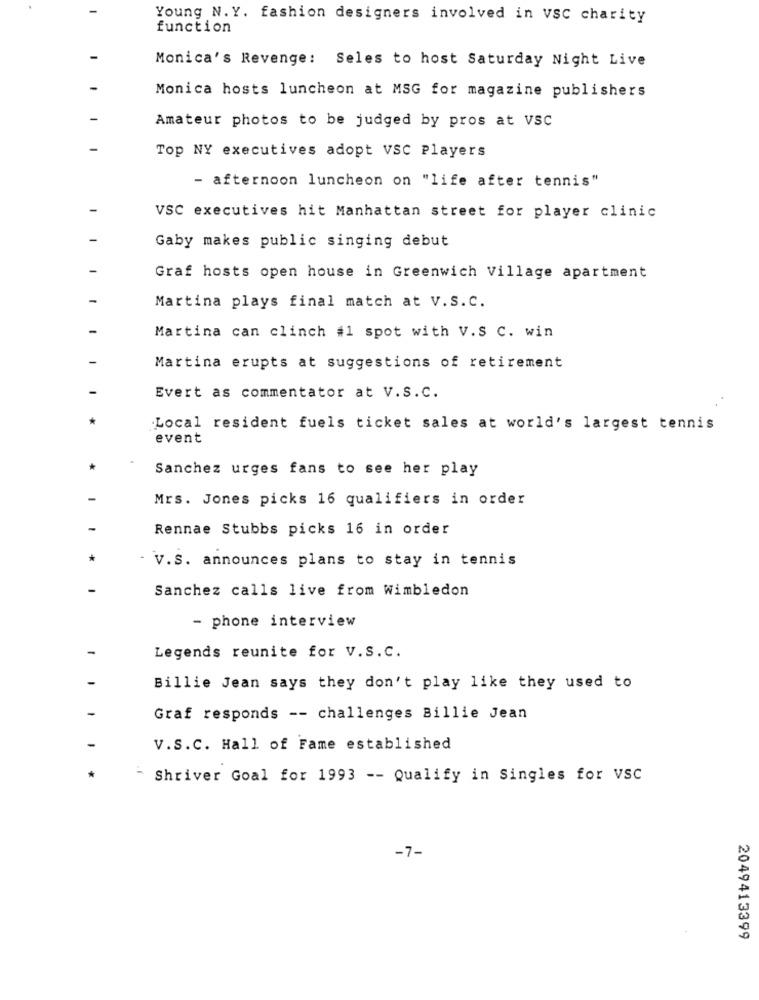
Young N. Y. fashion designers involved in vSC charity
function
Monica's Revenge: Seles to host Saturday Night Live
Monica hosts luncheon at MSG for magazine publishers
Amateur photos to be judged by pros at VSC
Top NY executives adopt VSC Players
- afternoon luncheon on "life after tennis"
VSC executives hit Manhattan street for player clinic
Gaby makes public singing debut
Graf hosts open house in Greenwich Village apartment
Martina plays final match at V.S.C.
Martina can clinch #1 spot with V.S C. win
Martina erupts at suggestions of retirement
Evert as commentator at V.S.C.
Local resident fuels ticket sales at world's largest tennis
event
Sanchez urges fans to see her play
Mrs. Jones picks 16 qualifiers in order
Rennae Stubbs picks 16 in order
V.S. announces plans to stay in tennis
Sanchez calls live from Wimbledon
- phone interview
Legends reunite for V.S.C.
Billie Jean says they don't play like they used to
Graf responds -- challenges Billie Jean
V.S. C. Hall of Fame established
- Shriver Goal for 1993 -- Qualify in Singles for VSC
-7-
2049413399